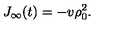
J _ { \infty } ( t ) = - v \rho _ { 0 } ^ { 2 } .